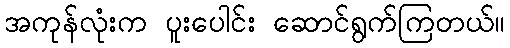
အကုန်လုံးက ပူးပေါင်း ဆောင်ရွက်ကြတယ်။